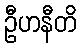
ဦဟနီတိ